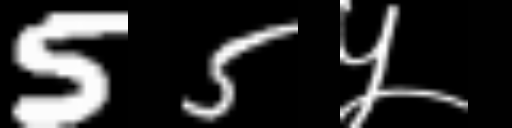
Text: 55५